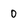
Character: 0